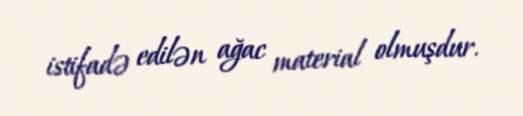
istifadə edilən ağac material olmuşdur.